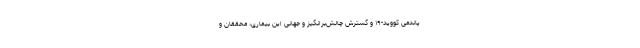
پاندمی کووید-۱۹ و گسترش چالش‌برانگیز و جهانی این بیماری، محققان و